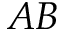
A B